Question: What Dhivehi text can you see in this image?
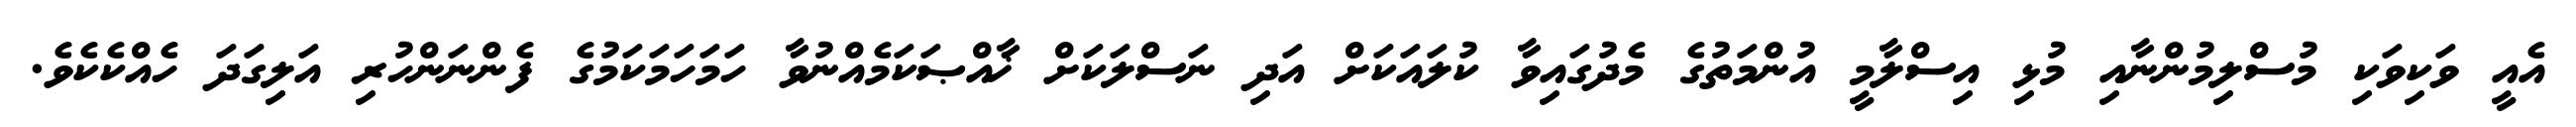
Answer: އެއީ ވަކިވަކި މުސްލިމުންނާއި މުޅި އިސްލާމީ އުންމަތުގެ މެދުގައިވާ ކުލައަކަށް އަދި ނަސްލަކަށް ޚާއްޞަކަމެއްނުވާ ހަމަހަމަކަމުގެ ފެންނަންހުރި އަލިގަދަ ހެއްކެކެވެ.